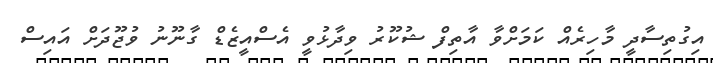
އިގުތިސާދީ މާހިރެއް ކަމަށްވާ އާތިފް ޝުކޫރު ވިދާޅުވީ އެސްއީޒެޑް ގާނޫނު ވުޖޫދަށް އައިސް